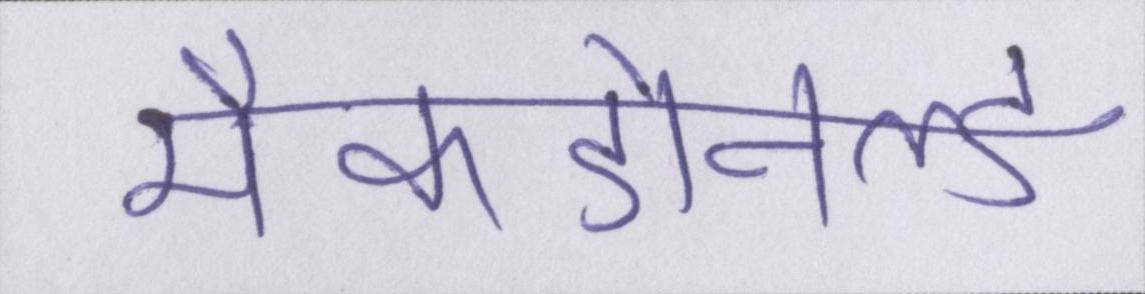
मैकडोनल्ड